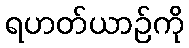
ရဟတ်ယာဉ်ကို